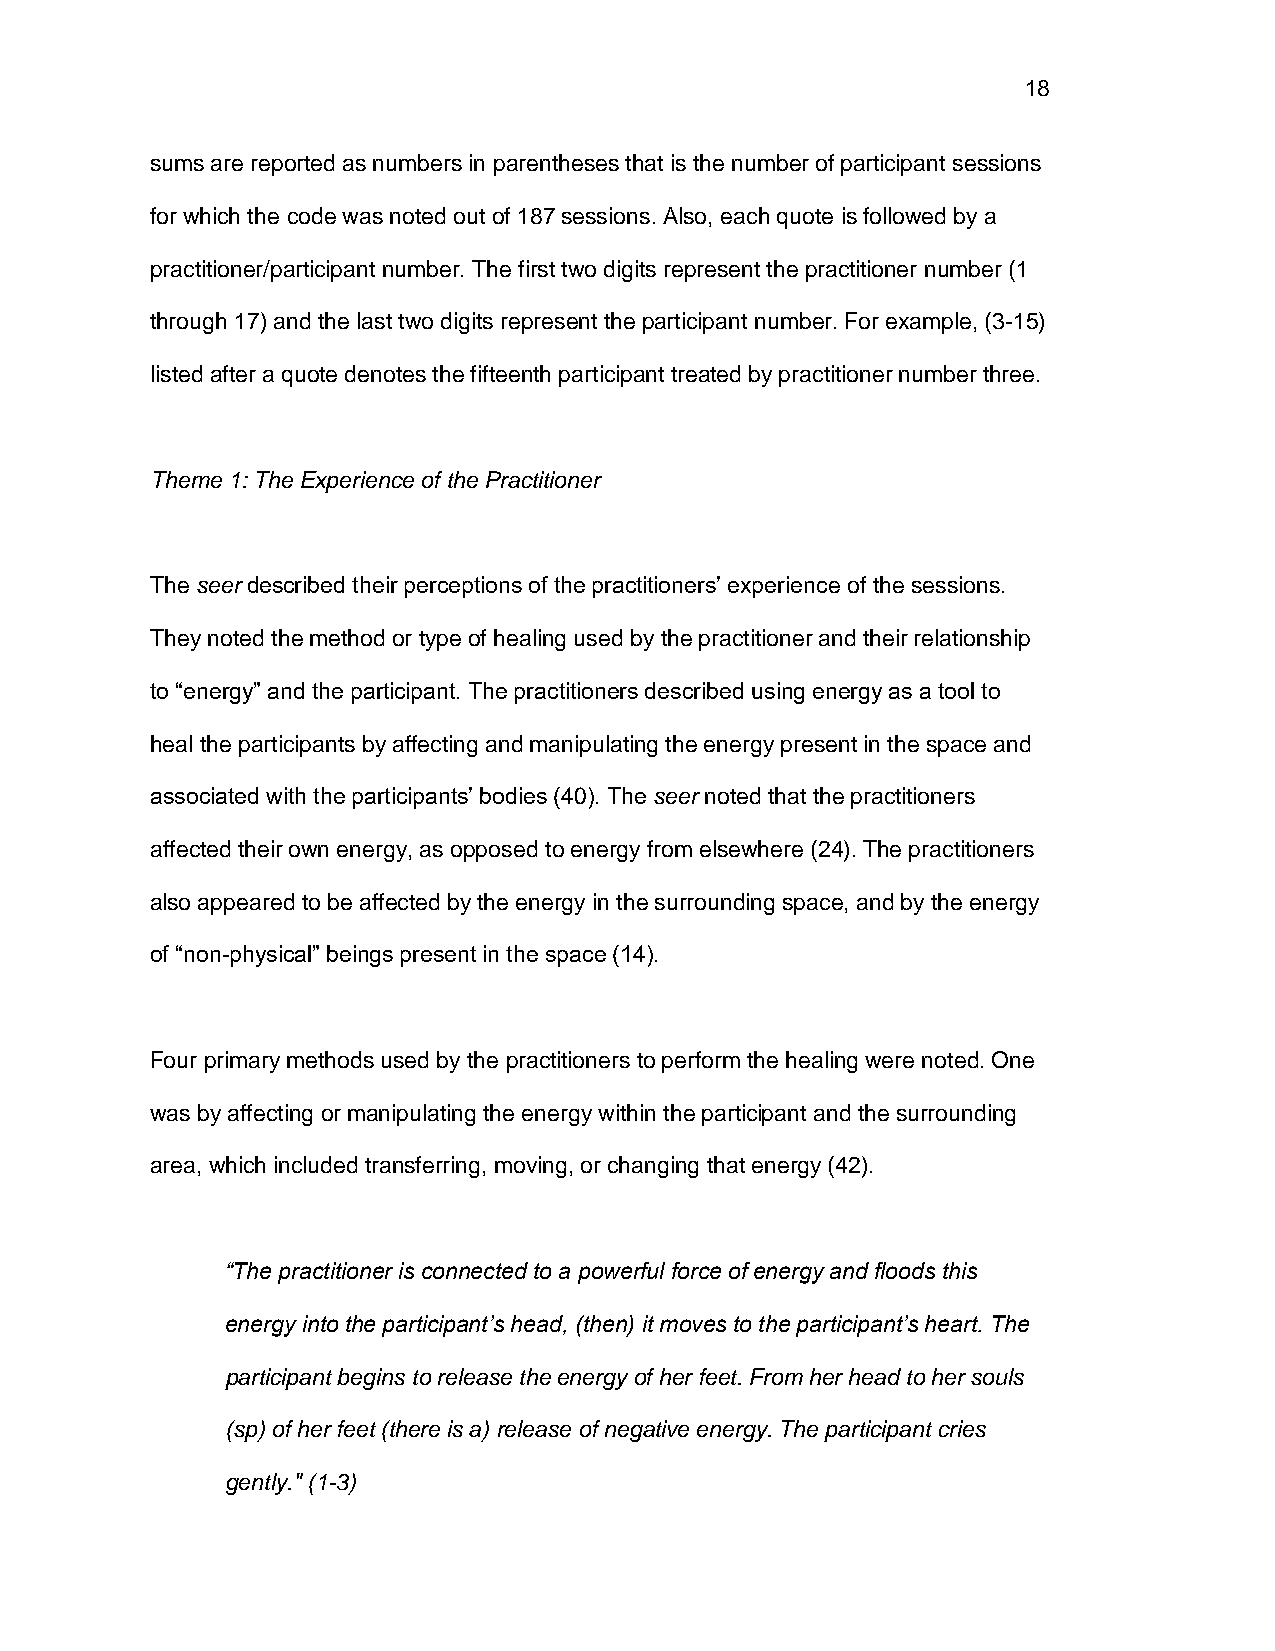
18
 sums are reported as numbers in parentheses that is the number of participant sessions
 for which the code was noted out of 187 sessions. Also, each quote is followed by a
 practitioner/participant number. The first two digits represent the practitioner number (1
 through 17) and the last two digits represent the participant number. For example, (3-15)
 listed after a quote denotes the fifteenth participant treated by practitioner number three.
 Theme 1: The Experience of the Practitioner
 The seer described their perceptions of the practitioners’ experience of the sessions.
 They noted the method or type of healing used by the practitioner and their relationship
 to “energy” and the participant. The practitioners described using energy as a tool to
 heal the participants by affecting and manipulating the energy present in the space and
 associated with the participants’ bodies (40). The seer noted that the practitioners
 affected their own energy, as opposed to energy from elsewhere (24). The practitioners
 also appeared to be affected by the energy in the surrounding space, and by the energy
 of “non-physical” beings present in the space (14).
 Four primary methods used by the practitioners to perform the healing were noted. One
 was by affecting or manipulating the energy within the participant and the surrounding
 area, which included transferring, moving, or changing that energy (42).
 “The practitioner is connected to a powerful force of energy and floods this
 energy into the participant’s head, (then) it moves to the participant’s heart. The
 participant begins to release the energy of her feet. From her head to her souls
 (sp) of her feet (there is a) release of negative energy. The participant cries
 gently." (1-3)